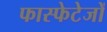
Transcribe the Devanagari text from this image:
फास्फेटेजों